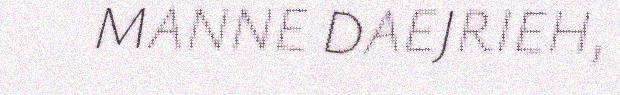
MANNE DAEJRIEH,